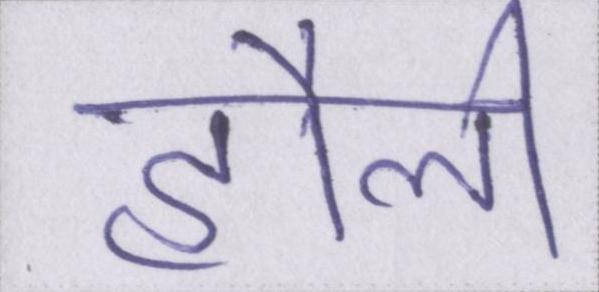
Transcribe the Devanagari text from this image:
हौली